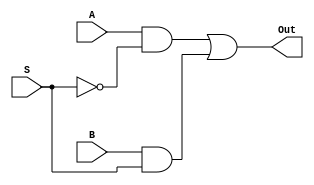
`timescale 1ns / 1ps
//////////////////////////////////////////////////////////////////////////////////
// Company: 
// Engineer: 
// 
// Design Name: 
// Module Name: Mux
// Project Name: 
// Target Devices: 
// Tool Versions: 
// Description: 
// 
// Dependencies: 
// 
// Revision:
// Revision 0.01 - File Created
// Additional Comments:
// 
//////////////////////////////////////////////////////////////////////////////////


module Mux(A,B,S,Out);

input A,B,S;
output Out;

wire w1,w2,w3;

not not1(w1,S);
and and1(w2,A,w1);
and and2(w3,B,S);
or or1(Out,w2,w3);

endmodule